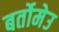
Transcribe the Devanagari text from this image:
बर्तोमेउ